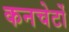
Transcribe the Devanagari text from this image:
कनचेर्टो